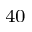
_ { 4 0 }